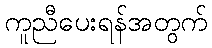
ကူညီပေးရန်အတွက်